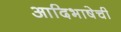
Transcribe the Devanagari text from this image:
आदिभाषेची